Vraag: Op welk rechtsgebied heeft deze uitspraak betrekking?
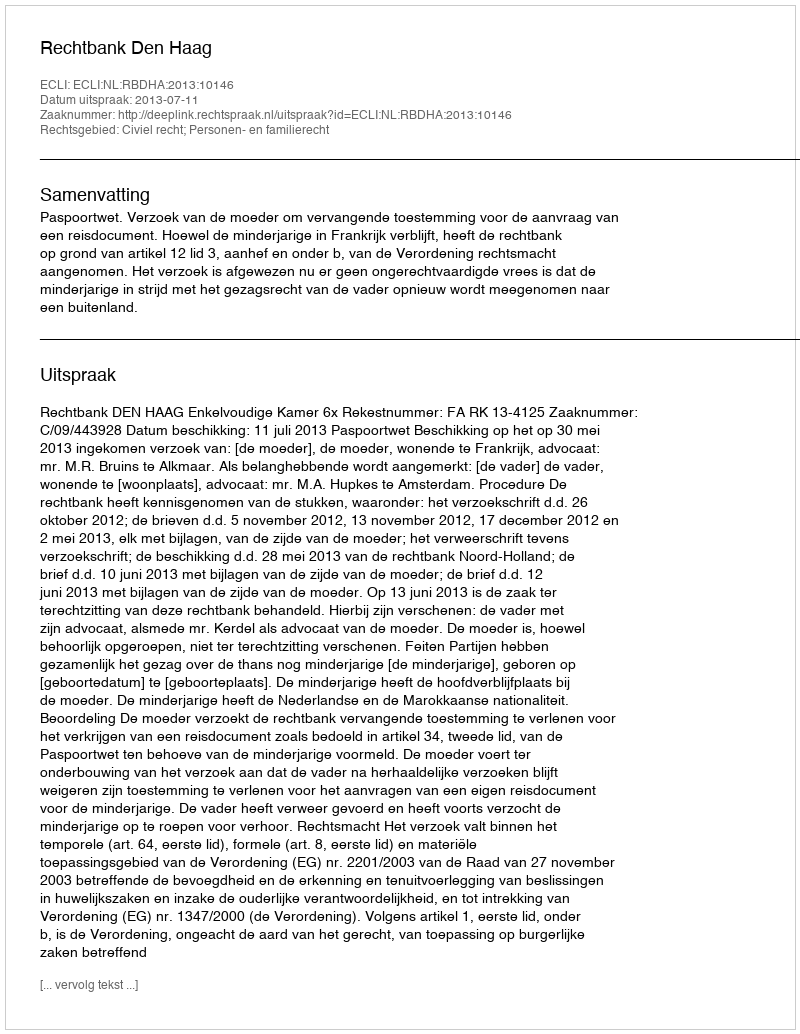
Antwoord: Civiel recht; Personen- en familierecht